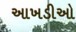
આખડીઓ